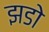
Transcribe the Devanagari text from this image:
झडो